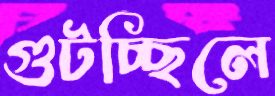
গুটচ্ছিলে